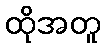
ထိုအတူ